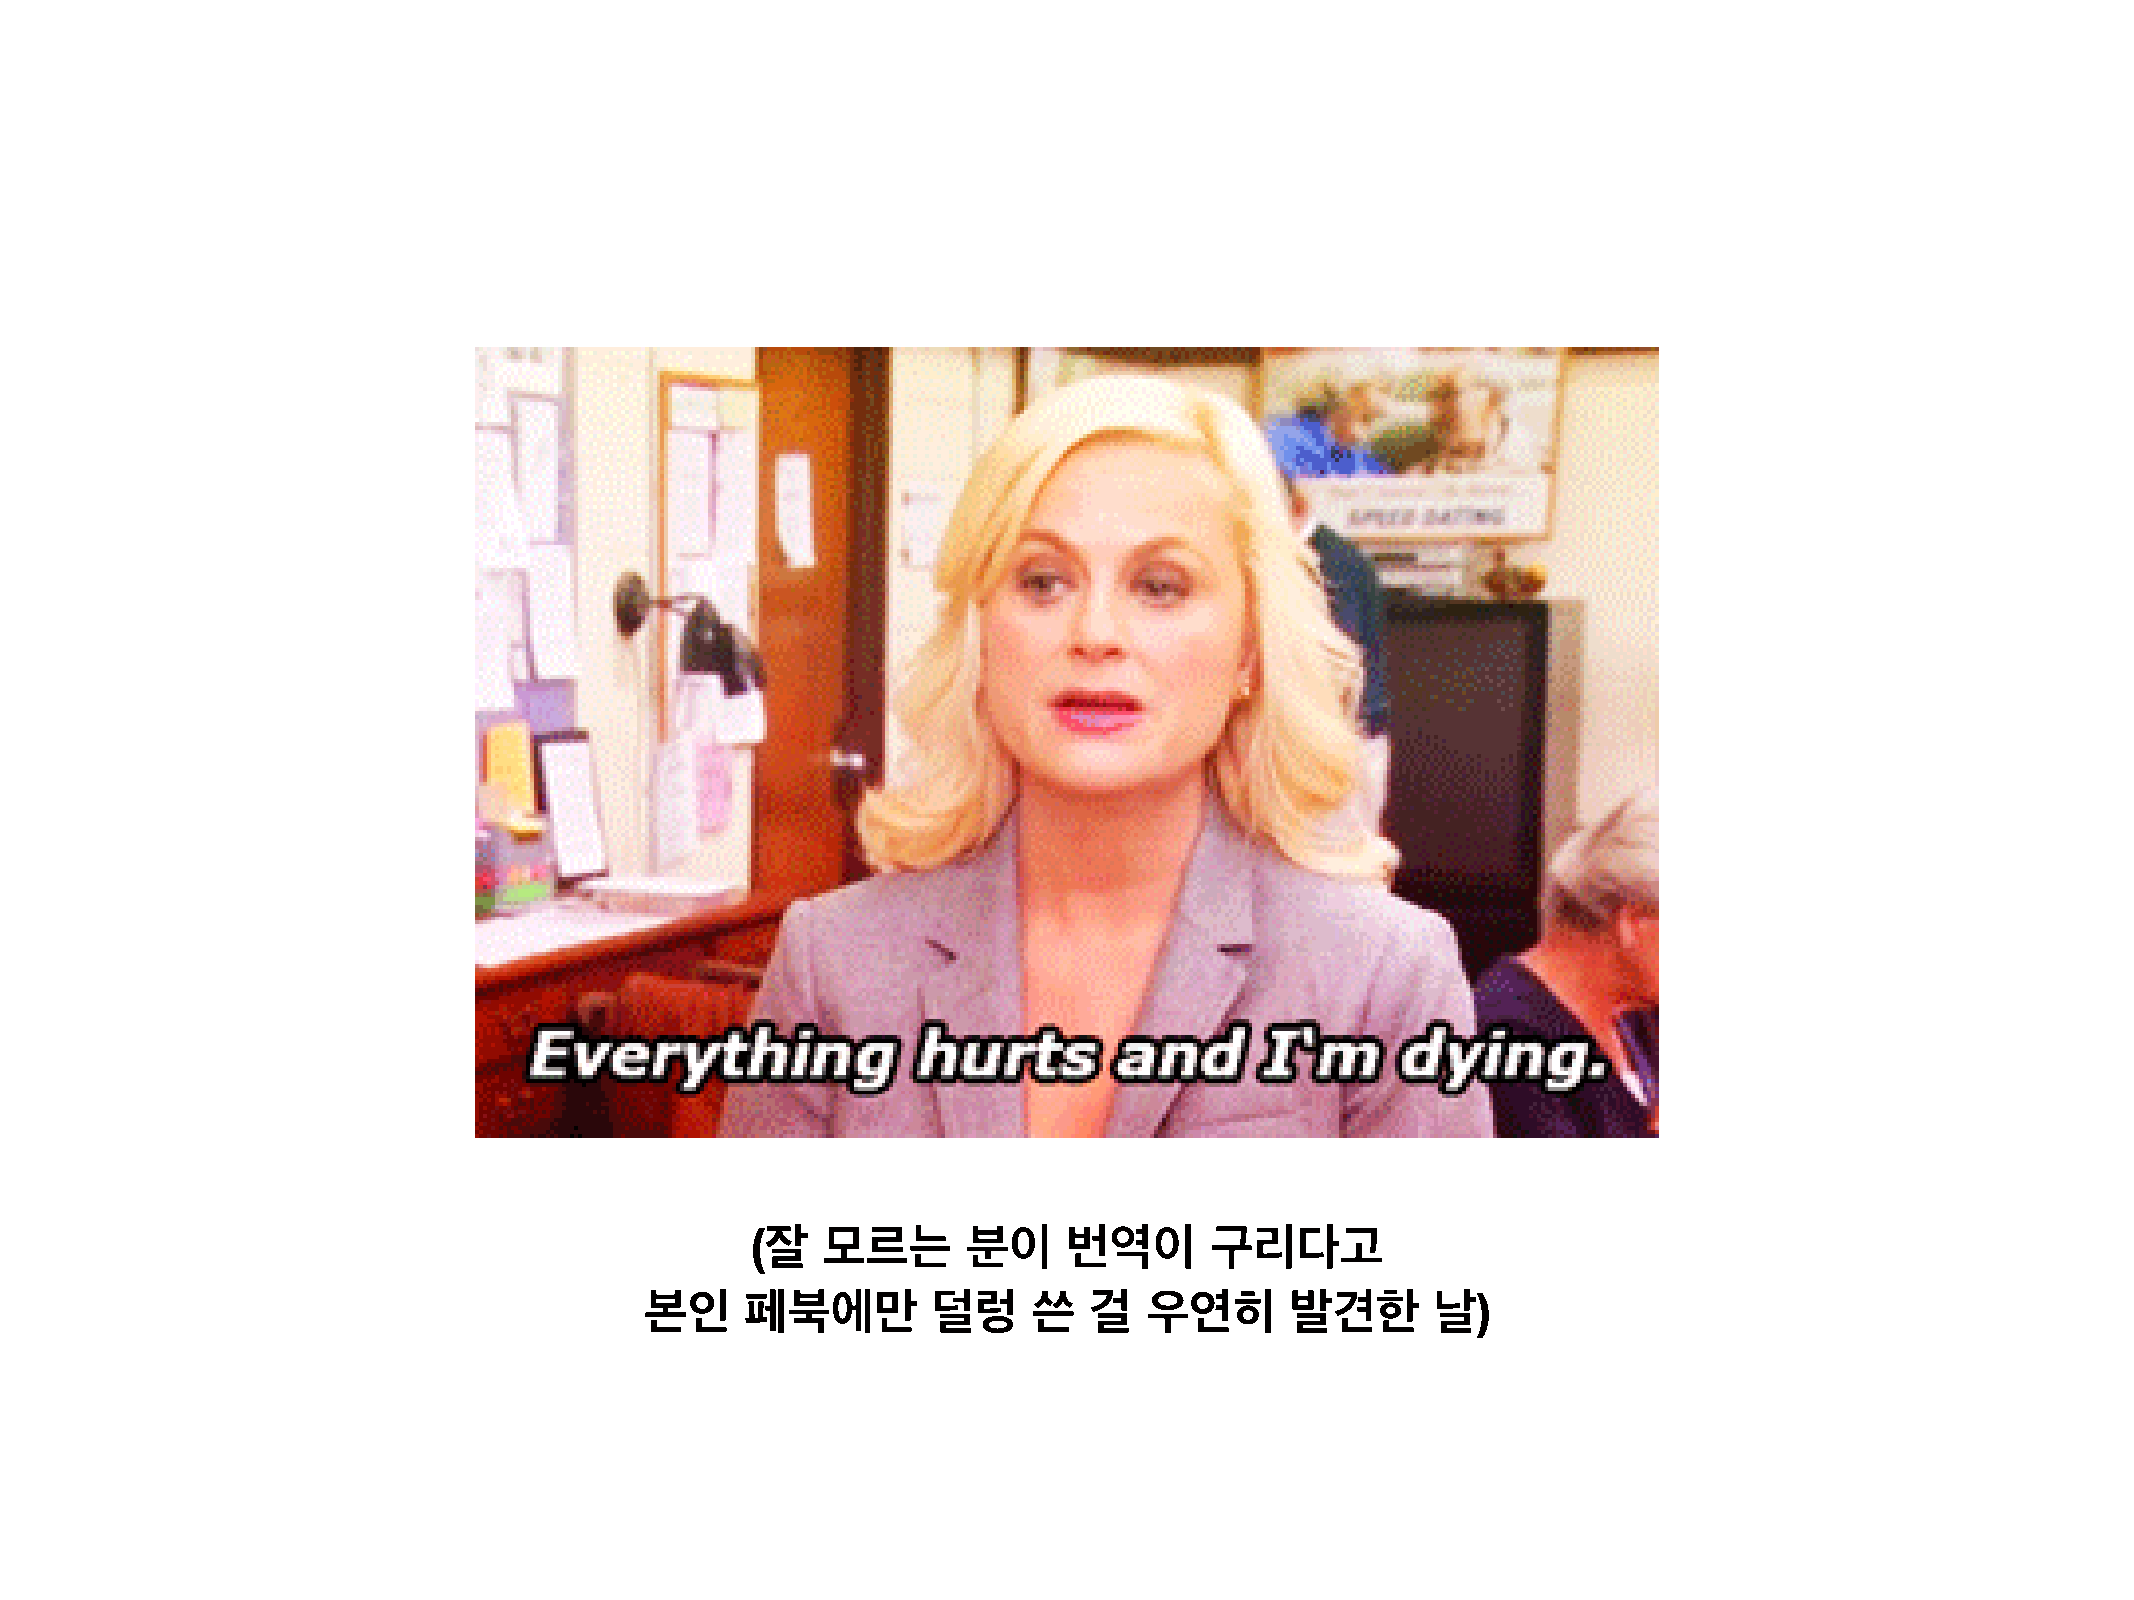
(잘  모르는       분이     번역이      구리다고
 본인    페북에만         덜렁    쓴   걸   우연히      발견한       날)